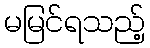
မမြင်ရသည့်